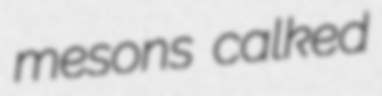
mesons calked